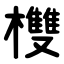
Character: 欆